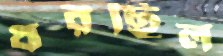
ধরছিল